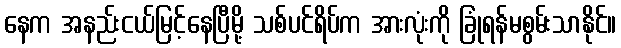
နေက အနည်းငယ်မြင့်နေပြီမို့ သစ်ပင်ရိပ်က အားလုံးကို ခြုံရန်မစွမ်းသာနိုင်။